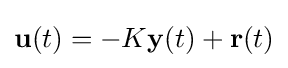
\mathbf {u} (t)=-K\mathbf {y} (t)+\mathbf {r} (t)